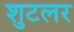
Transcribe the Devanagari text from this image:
शुटलर